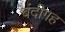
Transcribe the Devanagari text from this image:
बंदीगह